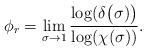
LaTeX: \begin{align*}\phi_r=\lim_{\sigma\to 1}\frac{\log(\delta\bigl(\sigma)\bigr)}{\log(\chi(\sigma))}.\end{align*}